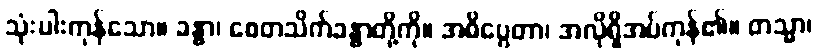
သုံးပါးကုန်သော။ ခန္ဓာ၊ စေတသိက်ခန္ဓာတို့ကို။ အဓိပ္ပေတာ၊ အလိုရှိအပ်ကုန်၏။ တသ္မာ၊